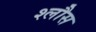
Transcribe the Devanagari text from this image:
श्लौस